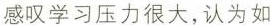
感叹学习压力很大，认为如